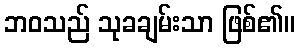
ဘဝသည် သုခချမ်းသာ ဖြစ်၏။